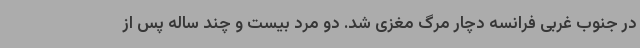
در جنوب غربی فرانسه دچار مرگ مغزی شد. دو مرد بیست و چند ساله پس از